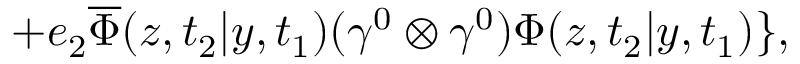
+ e _ { 2 } \overline { { { \Phi } } } ( z , t _ { 2 } | y , t _ { 1 } ) ( { \gamma } ^ { 0 } \otimes { \gamma } ^ { 0 } ) { \Phi } ( z , t _ { 2 } | y , t _ { 1 } ) \} ,